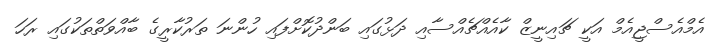
އެމްއެސްޖީއެމް އަކީ ޗައިނީޒް ކާއެއްޗެއްސާއި ދަޅުގައި ބަންދުކޮށްފައި ހުންނަ ތަރުކާރީގެ ބާއްވަތްތަކުގައި ރަހަ